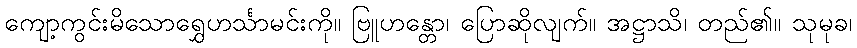
ကျော့ကွင်းမိသောရွှေဟင်္သာမင်းကို။ ဗြူဟန္တော၊ ပြောဆိုလျက်။ အဋ္ဌာသိ၊ တည်၏။ သုမုခ၊